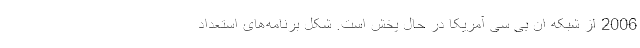
2006 از شبکه ان بی سی آمریکا در حال پخش است. شکل برنامه‌های استعداد